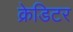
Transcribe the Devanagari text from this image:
क्रेडिटर